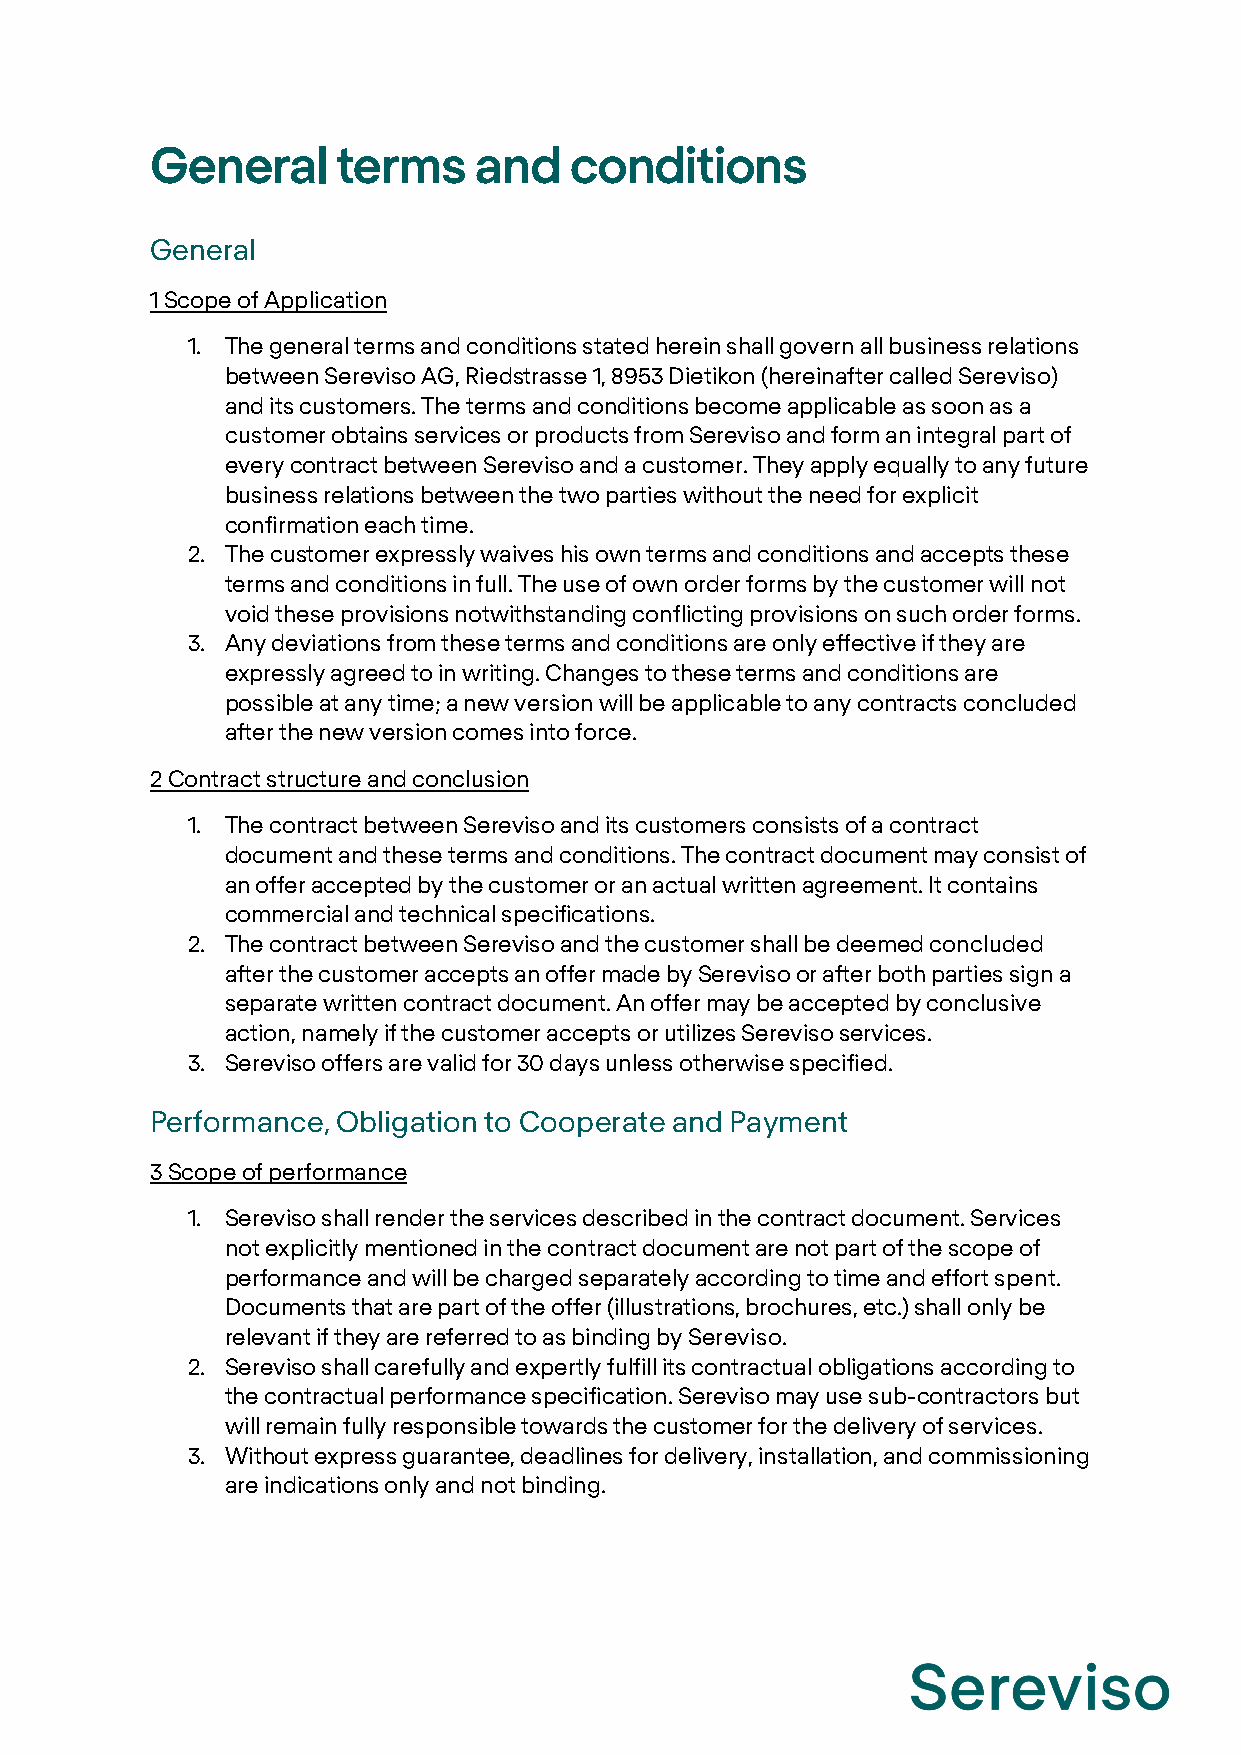
General     terms    and    conditions
 General
 1 Scope of Application
 1. The general terms and conditions stated herein shall govern all business relations
 between Sereviso AG, Riedstrasse 1, 8953 Dietikon (hereinafter called Sereviso)
 and its customers. The terms and conditions become applicable as soon as a
 customer obtains services or products from Sereviso and form an integral part of
 every contract between Sereviso and a customer. They apply equally to any future
 business relations between the two parties without the need for explicit
 confirmation each time.
 2. The customer expressly waives his own terms and conditions and accepts these
 terms and conditions in full. The use of own order forms by the customer will not
 void these provisions notwithstanding conflicting provisions on such order forms.
 3. Any deviations from these terms and conditions are only effective if they are
 expressly agreed to in writing. Changes to these terms and conditions are
 possible at any time; a new version will be applicable to any contracts concluded
 after the new version comes into force.
 2 Contract structure and conclusion
 1. The contract between Sereviso and its customers consists of a contract
 document and these terms and conditions. The contract document may consist of
 an offer accepted by the customer or an actual written agreement. It contains
 commercial and technical specifications.
 2. The contract between Sereviso and the customer shall be deemed concluded
 after the customer accepts an offer made by Sereviso or after both parties sign a
 separate written contract document. An offer may be accepted by conclusive
 action, namely if the customer accepts or utilizes Sereviso services.
 3. Sereviso offers are valid for 30 days unless otherwise specified.
 Performance, Obligation to Cooperate and Payment
 3 Scope of performance
 1. Sereviso shall render the services described in the contract document. Services
 not explicitly mentioned in the contract document are not part of the scope of
 performance and will be charged separately according to time and effort spent.
 Documents that are part of the offer (illustrations, brochures, etc.) shall only be
 relevant if they are referred to as binding by Sereviso.
 2. Sereviso shall carefully and expertly fulfill its contractual obligations according to
 the contractual performance specification. Sereviso may use sub-contractors but
 will remain fully responsible towards the customer for the delivery of services.
 3. Without express guarantee, deadlines for delivery, installation, and commissioning
 are indications only and not binding.